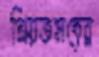
প্রিয়তমদের